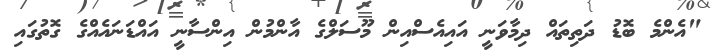
"އެންމެ ބޮޑު ދަތިތައް ދިމާވަނީ އައިއެސްއިން މޫސަލްގެ އާންމުން އިންސާނީ އައްޑަނައެއްގެ ގޮތުގައި